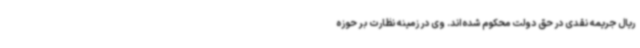
ریال جریمه نقدی در حق دولت محکوم شده‌اند. وی در زمینه نظارت بر حوزه